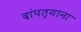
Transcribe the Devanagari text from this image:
दांपत्याना